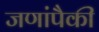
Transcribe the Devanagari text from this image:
जणांपैकी